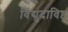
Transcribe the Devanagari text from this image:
विद्युदाविष्ट